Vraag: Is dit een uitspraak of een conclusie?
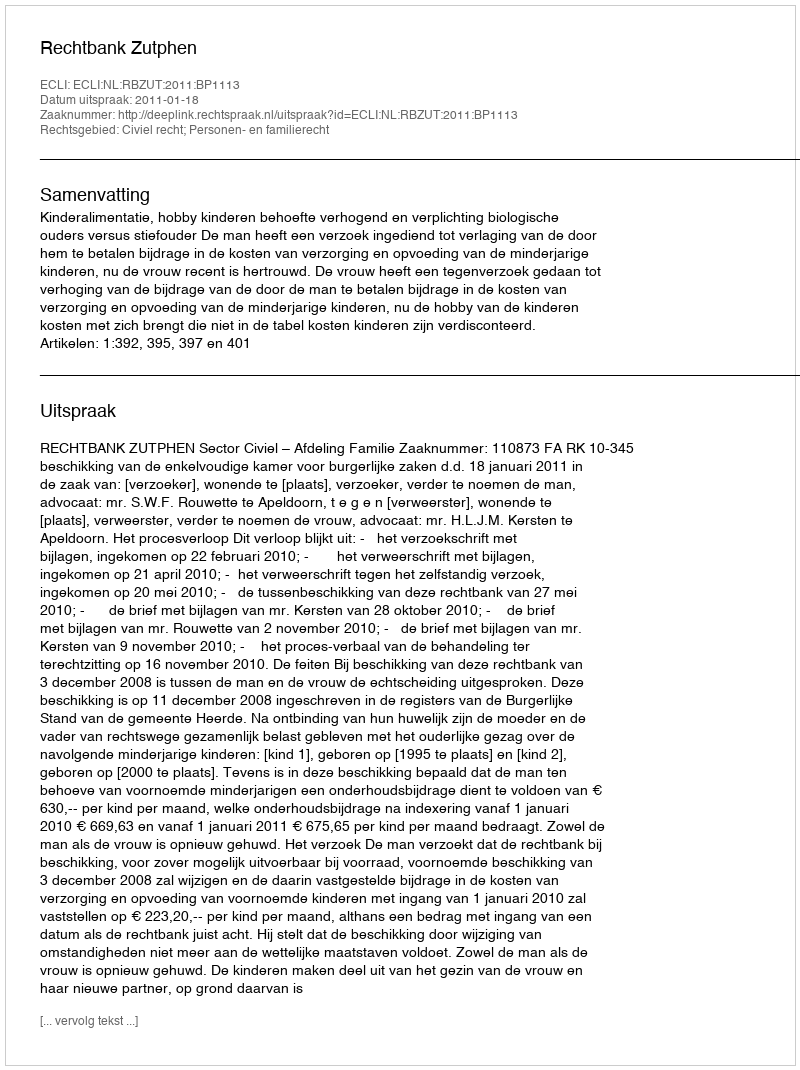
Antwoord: Uitspraak